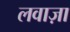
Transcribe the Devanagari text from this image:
लवाज़ा